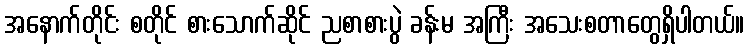
အနောက်တိုင်း စတိုင် စားသောက်ဆိုင် ညစာစားပွဲ ခန်းမ အကြီး အသေးစတာတွေရှိပါတယ်။